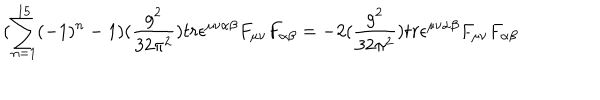
( \sum _ { n = 1 } ^ { 1 5 } ( - 1 ) ^ { n } - 1 ) ( \frac { g ^ { 2 } } { 3 2 \pi ^ { 2 } } ) t r \epsilon ^ { \mu \nu \alpha \beta } F _ { \mu \nu } F _ { \alpha \beta } = - 2 ( \frac { g ^ { 2 } } { 3 2 \pi ^ { 2 } } ) t r \epsilon ^ { \mu \nu \alpha \beta } F _ { \mu \nu } F _ { \alpha \beta }